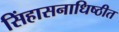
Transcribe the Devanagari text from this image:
सिंहासनाधिष्ठीत